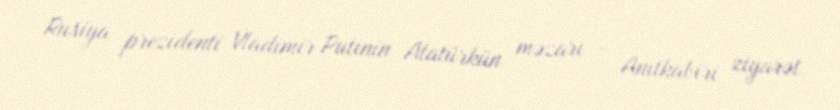
Rusiya prezidenti Vladimir Putinin Atatürkün məzarı - Anıtkabiri ziyarət